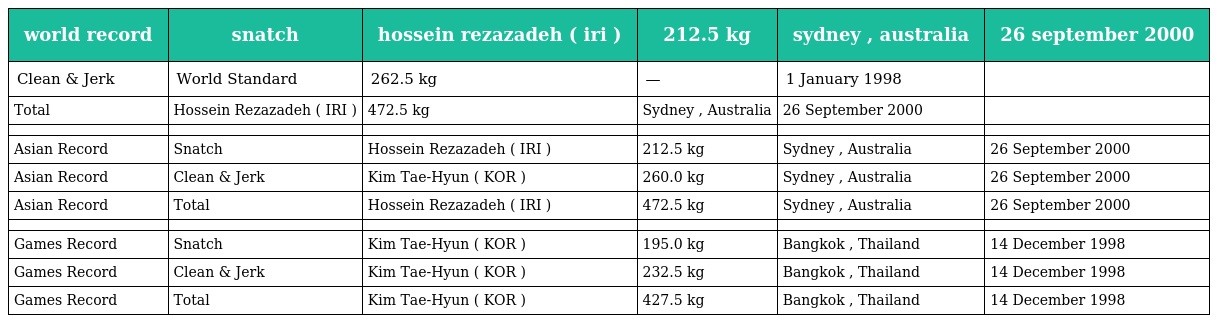
| world record | snatch | hossein rezazadeh ( iri ) | 212.5 kg | sydney , australia | 26 september 2000 |
 | --- | --- | --- | --- | --- | --- |
 | Clean & Jerk | World Standard | 262.5 kg | — | 1 January 1998 |  |
 | Total | Hossein Rezazadeh ( IRI ) | 472.5 kg | Sydney , Australia | 26 September 2000 |  |
 |  |  |  |  |  |  |
 | Asian Record | Snatch | Hossein Rezazadeh ( IRI ) | 212.5 kg | Sydney , Australia | 26 September 2000 |
 | Asian Record | Clean & Jerk | Kim Tae-Hyun ( KOR ) | 260.0 kg | Sydney , Australia | 26 September 2000 |
 | Asian Record | Total | Hossein Rezazadeh ( IRI ) | 472.5 kg | Sydney , Australia | 26 September 2000 |
 |  |  |  |  |  |  |
 | Games Record | Snatch | Kim Tae-Hyun ( KOR ) | 195.0 kg | Bangkok , Thailand | 14 December 1998 |
 | Games Record | Clean & Jerk | Kim Tae-Hyun ( KOR ) | 232.5 kg | Bangkok , Thailand | 14 December 1998 |
 | Games Record | Total | Kim Tae-Hyun ( KOR ) | 427.5 kg | Bangkok , Thailand | 14 December 1998 |